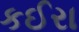
કઈરા